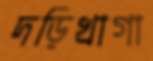
দড়িখাগা